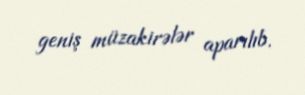
geniş müzakirələr aparılıb.